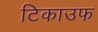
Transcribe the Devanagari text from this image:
टिकाउफ